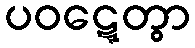
ပဝဋ္ဋေတွာ